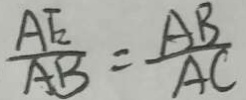
\frac { A E } { A B } = \frac { A B } { A C }